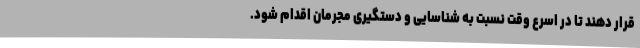
قرار دهند تا در اسرع وقت نسبت به شناسایی و دستگیری مجرمان اقدام شود.